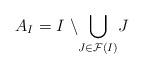
LaTeX: \begin{align*}A_{I}=I~\backslash{\displaystyle\bigcup\limits_{J\in\mathcal{F}(I)}}J\end{align*}